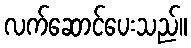
လက်ဆောင်ပေးသည်။